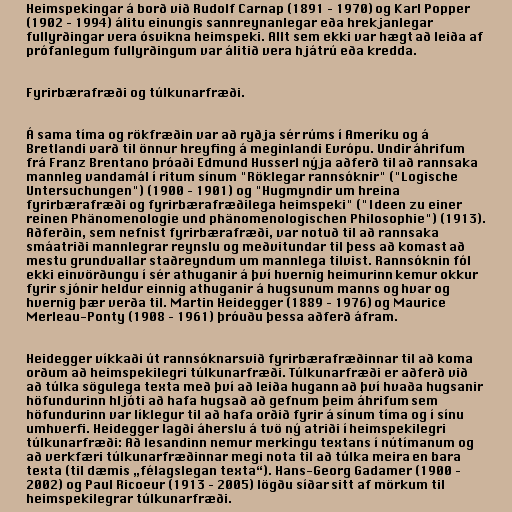
Heimspekingar á borð við Rudolf Carnap (1891 – 1970) og Karl Popper
(1902 – 1994) álitu einungis sannreynanlegar eða hrekjanlegar
fullyrðingar vera ósvikna heimspeki. Allt sem ekki var hægt að leiða af
prófanlegum fullyrðingum var álitið vera hjátrú eða kredda.

Fyrirbærafræði og túlkunarfræði.

Á sama tíma og rökfræðin var að ryðja sér rúms í Ameríku og á
Bretlandi varð til önnur hreyfing á meginlandi Evrópu. Undir áhrifum
frá Franz Brentano þróaði Edmund Husserl nýja aðferð til að rannsaka
mannleg vandamál í ritum sínum "Röklegar rannsóknir" ("Logische
Untersuchungen") (1900 – 1901) og "Hugmyndir um hreina
fyrirbærafræði og fyrirbærafræðilega heimspeki" ("Ideen zu einer
reinen Phänomenologie und phänomenologischen Philosophie") (1913).
Aðferðin, sem nefnist fyrirbærafræði, var notuð til að rannsaka
smáatriði mannlegrar reynslu og meðvitundar til þess að komast að
mestu grundvallar staðreyndum um mannlega tilvist. Rannsóknin fól
ekki einvörðungu í sér athuganir á því hvernig heimurinn kemur okkur
fyrir sjónir heldur einnig athuganir á hugsunum manns og hvar og
hvernig þær verða til. Martin Heidegger (1889 – 1976) og Maurice
Merleau-Ponty (1908 – 1961) þróuðu þessa aðferð áfram.

Heidegger víkkaði út rannsóknarsvið fyrirbærafræðinnar til að koma
orðum að heimspekilegri túlkunarfræði. Túlkunarfræði er aðferð við
að túlka sögulega texta með því að leiða hugann að því hvaða hugsanir
höfundurinn hljóti að hafa hugsað að gefnum þeim áhrifum sem
höfundurinn var líklegur til að hafa orðið fyrir á sínum tíma og í sínu
umhverfi. Heidegger lagði áherslu á tvö ný atriði í heimspekilegri
túlkunarfræði: Að lesandinn nemur merkingu textans í nútímanum og
að verkfæri túlkunarfræðinnar megi nota til að túlka meira en bara
texta (til dæmis „félagslegan texta“). Hans-Georg Gadamer (1900 –
2002) og Paul Ricoeur (1913 – 2005) lögðu síðar sitt af mörkum til
heimspekilegrar túlkunarfræði.